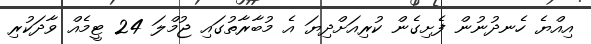
އިއްޔެ ހެނދުނުން ފެށިގެން ކުރިއަށްދިޔަ އެ މުބާރާތުގައި ޖުމްލަ 24 ޓީމެއް ވާދަކުރި